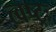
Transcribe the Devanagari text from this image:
त्वष्ट्रः